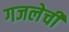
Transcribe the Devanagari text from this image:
गजलेची